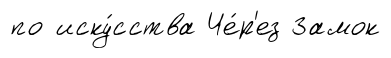
по иску́сства Че́р'ез Замок